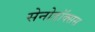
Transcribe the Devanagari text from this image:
सेनोडॉक्सस